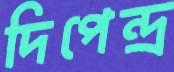
দিপেন্দ্র